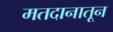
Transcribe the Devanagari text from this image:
मतदानातून